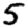
Digit: 5